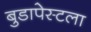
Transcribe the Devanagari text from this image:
बुडापेस्टला